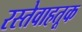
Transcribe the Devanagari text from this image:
रस्तेवाहतूक